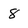
Character: 8